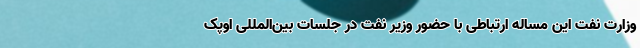
وزارت نفت این مساله ارتباطی با حضور وزیر نفت در جلسات بین‌المللی اوپک